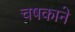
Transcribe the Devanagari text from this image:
चषकाने